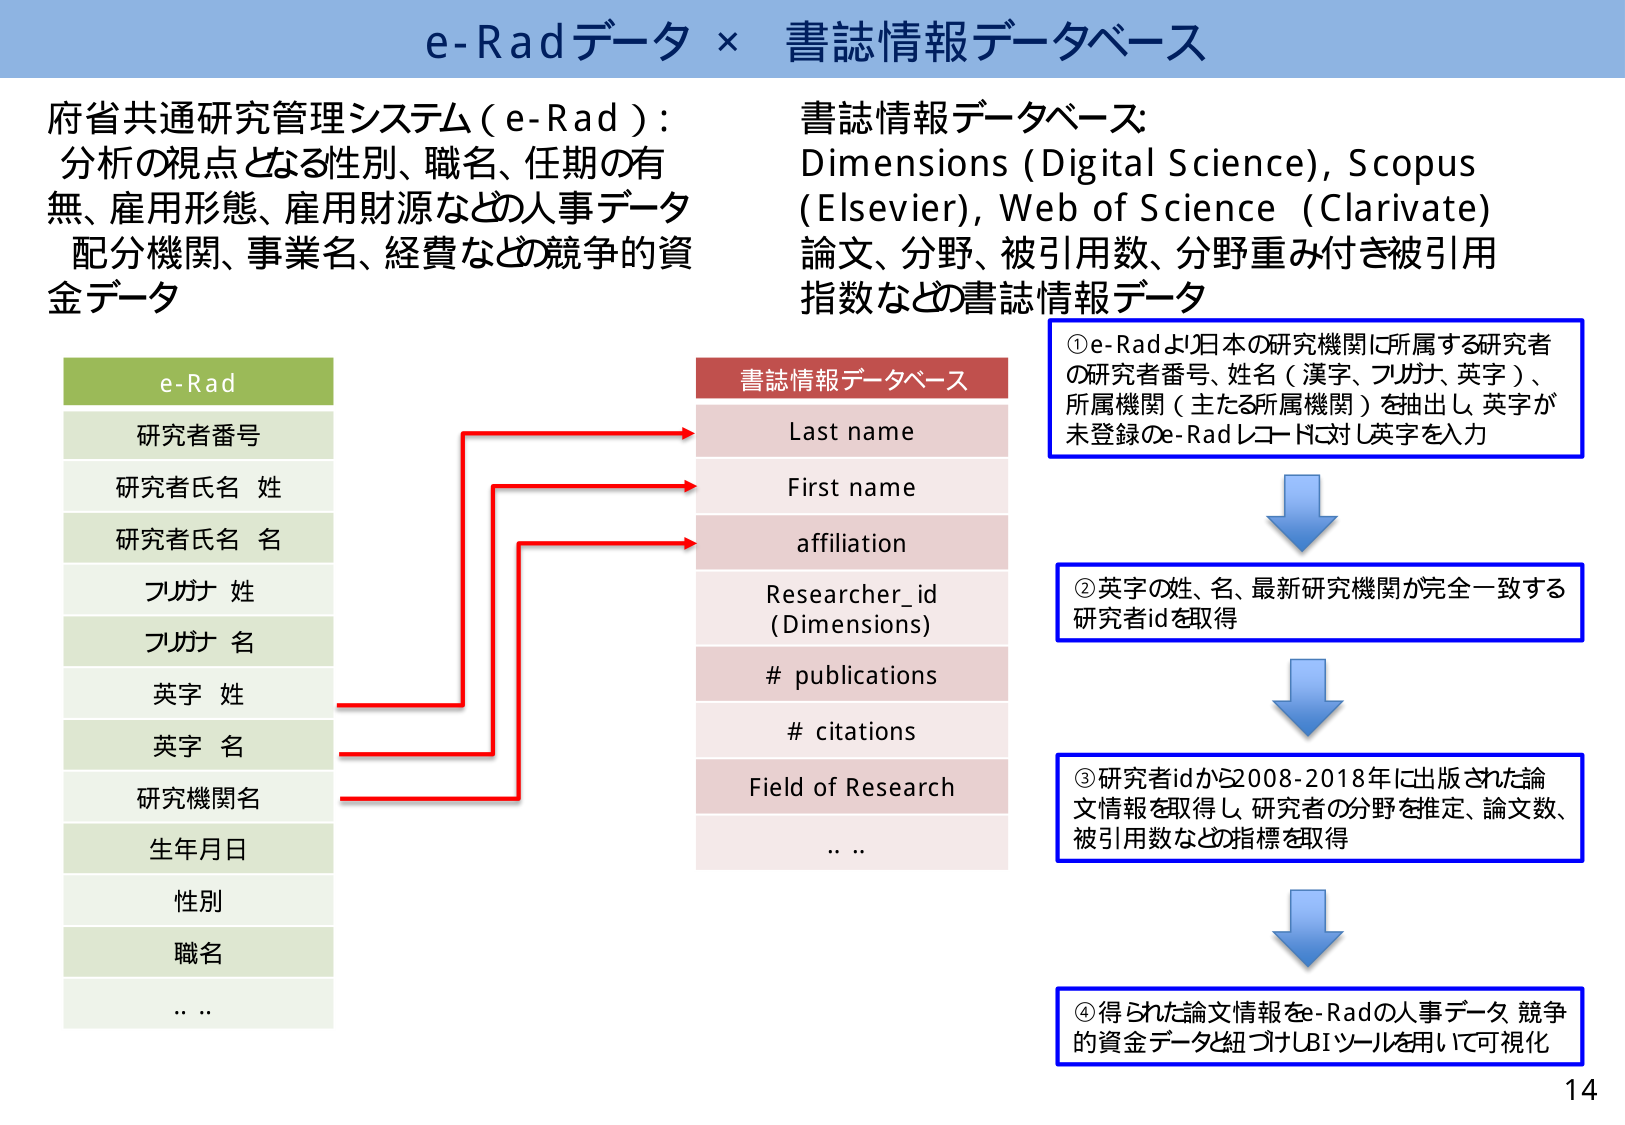
e-Radデータ × 書誌情報データベース

府省共通研究管理システム（e-Rad）：
分析の視点となる性別、職名、任期の有無、雇用形態、雇用財源などの人事データ
配分機関、事業名、経費などの競争的資金データ

書誌情報データベース：
Dimensions (Digital Science), Scopus (Elsevier), Web of Science (Clarivate)
論文、分野、被引用数、分野重み付き被引用指数などの書誌情報データ

e-Rad
研究者番号
研究者氏名 姓
研究者氏名 名
フリガナ 姓
フリガナ 名
英字 姓
英字 名
研究機関名
生年月日
性別
職名
… …

書誌情報データベース
Last name
First name
affiliation
Researcher_id (Dimensions)
# publications
# citations
Field of Research
… …

①e-Radより日本の研究機関に所属する研究者の研究者番号、姓名（漢字、フリガナ、英字）、所属機関（主たる所属機関）を抽出し、英字が未登録のe-Radレコードに対し英字を入力

②英字の姓、名、最新研究機関が完全一致する研究者idを取得

③研究者idから2008-2018年に出版された論文情報を取得し、研究者の分野を推定、論文数、被引用数などの指標を取得

④得られた論文情報をe-Radの人事データ、競争的資金データと紐づけ、BIツールを用いて可視化

14